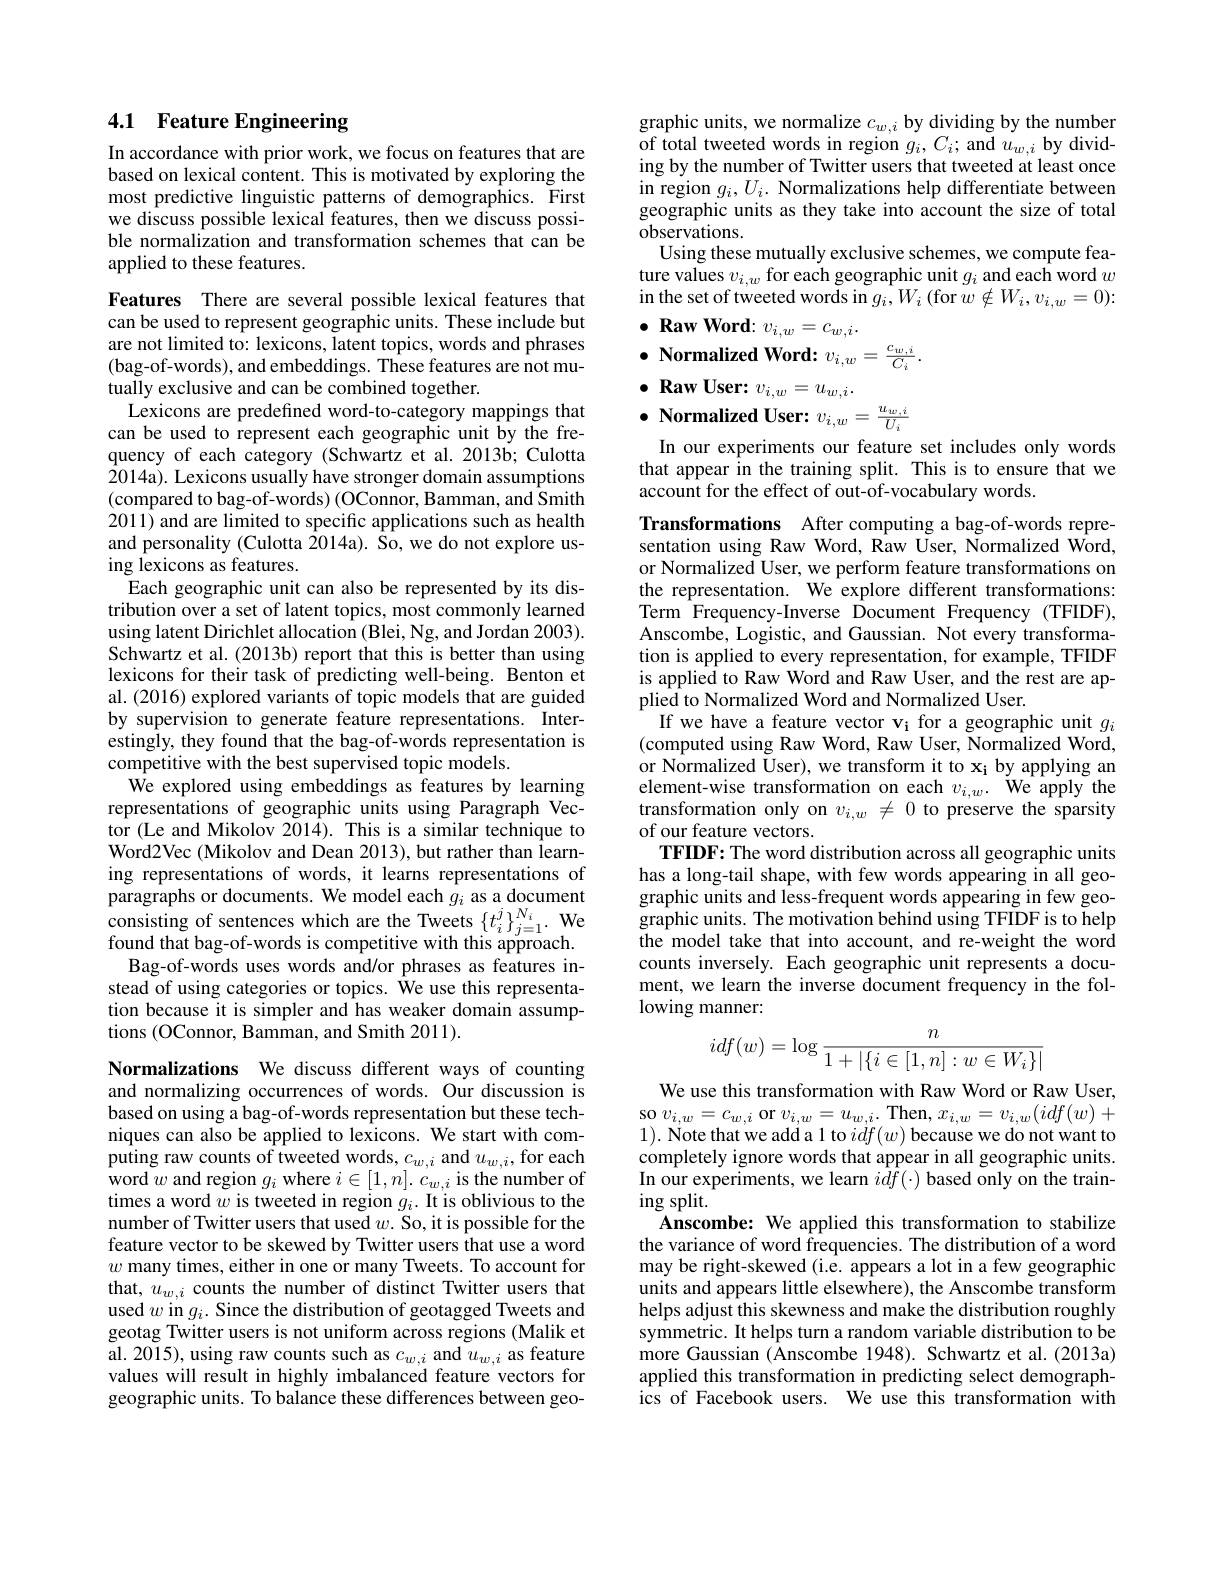
## 4.1 Feature Engineering

In accordance with prior work, we focus on features that are based on lexical content. This is motivated by exploring the most predictive linguistic patterns of demographics. First we discuss possible lexical features, then we discuss possible normalization and transformation schemes that can be applied to these features.

Features There are several possible lexical features that can be used to represent geographic units. These include but are not limited to: lexicons, latent topics, words and phrases (bag-of-words), and embeddings. These features are not mutually exclusive and can be combined together.
Lexicons are predefined word-to-category mappings that can be used to represent each geographic unit by the frequency of each category (Schwartz et al. 2013b; Culotta 2014a). Lexicons usually have stronger domain assumptions (compared to bag-of-words) (OConnor, Bamman, and Smith 2011) and are limited to specific applications such as health and personality (Culotta $\bar{2}014$a). So, we do not explore using lexicons as features.
Each geographic unit can also be represented by its distribution over a set of latent topics, most commonly learned using latent Dirichlet allocation (Blei, Ng, and Jordan 2003). Schwartz et al. (2013b) report that this is better than using lexicons for their task of predicting well-being. Benton et al. (2016) explored variants of topic models that are guided by supervision to generate feature representations. Interestingly, they found that the bag-of-words representation is competitive with the best supervised topic models.
We explored using embeddings as features by learning representations of geographic units using Paragraph Vector (Le and Mikolov 2014). This is a similar technique to Word2Vec (Mikolov and Dean 2013), but rather than learning representations of words, it learns representations of paragraphs or documents. We model each $g_i$ as a document consisting of sentences which are the Tweets $\{t_i^j\}_{j=1}^{N_i}.$ We found that bag-of-words is competitive with this approach.
Bag-of-words uses words and/or phrases as features instead of using categories or topics. We use this representation because it is simpler and has weaker domain assumptions (OConnor, Bamman, and Smith 2011).
Normalizations We discuss different ways of counting

and normalizing occurrences of words. Our discussion is based on using a bag-of-words representation but these techniques can also be applied to lexicons. We start with computing raw counts of tweeted words, $c_{w,i}$ and $u_{w,i}$,for each word $w$ and region $g_i$ where $i\in[1,n].c_{w,i}$ is the number of times a word $w$ is tweeted in region $g_i.$ It is oblivious to the number of Twitter users that used $w.$ So, it is possible for the feature vector to be skewed by Twitter users that use a word $w$ many times, either in one or many Tweets. To account for that, $u_{w,i}$ counts the number of distinct Twitter users that used $w$ in $g_i.$ Since the distribution of geotagged Tweets and geotag Twitter users is not uniform across regions (Malik et $\begin{array}{l}\mathrm{al.~2015),~using~raw~counts~such~as~}c_{w,i}\mathrm{~and~}u_{w,i}\mathrm{~as~feature}\\\mathrm{values~will~result~in~highly~imbalanced~feature~vectors~for}\end{array}$ geographic units. To balance these differences between geo-

graphic units, we normalize $c_w,i$ by dividing by the number of total tweeted words in region $g_i,C_i;$and $u_{w,i}$by dividing by the number of Twitter users that tweeted at least once in region $g_i,U_i.$ Normalizations help differentiate between geographic units as they take into account the size of total ${\mathrm{observations.}}$
Using these mutually exclusive schemes, we compute feature values $v_i,w$ for each geographic unit $g_i$ and each word $w$ in the set of tweeted words in $g_i,W_i$ (for $w\notin W_i,v_i,w=0):$

# $\bullet \textbf{ Raw Word: }v_{i, w}= c_{w, i}.$ $\bullet$ Normalized Word: $v_i,w=\frac{c_{w,i}}{C_i}.$ $\bullet$ Raw User: $v_{i, w}= u_{w, i}.$ $\bullet$ Normalized User: $v_{i, w}= \frac {u_{w, i}}{U_i}$

In our experiments our feature set includes only words that appear in the training split. This is to ensure that we account for the effect of out-of-vocabulary words.

Transformations After computing a bag-of-words representation using Raw Word, Raw User, Normalized Word, or Normalized User, we perform feature transformations on the representation. We explore different transformations: Term Frequency-Inverse Document Frequency (TFIDF), Anscombe, Logistic, and Gaussian. Not every transformation is applied to every representation, for example, TFIDF is applied to Raw Word and Raw User, and the rest are applied to Normalized Word and Normalized User.
If we have a feature vector vi for a geographic unit $g_i$ (computed using Raw Word, Raw User, Normalized Word, or Normalized User), we transform it to $\mathbf{x_i}$ by applying an element-wise transformation on each $v_{i,w}.$ We apply the transformation only on $v_{i,w}\neq0$ to preserve the sparsity of our feature vectors.
TFIDF: The word distribution across all geographic units has a long-tail shape, with few words appearing in all geographic units and less-frequent words appearing in few geographic units. The motivation behind using TFIDF is to help the model take that into account, and re-weight the word counts inversely. Each geographic unit represents a document, we learn the inverse document frequency in the following manner:
$$idf(w)=\log\frac{n}{1+|\{i\in[1,n]:w\in W_i\}|}$$
We use this transformation with Raw Word or Raw User, so $v_{i,w}=c_{w,i}$ or $v_{i,w}=u_{w,i}.$ Then, $x_i,w=v_{i,w}(idf(w)+$ 1). Note that we add a 1 to $idf(w)$ because we do not want to completely ignore words that appear in all geographic units. In our experiments, we learn $idf(\cdot)$ based only on the train- $ingsplit.$
Anscombe: We applied this transformation to stabilize the variance of word frequencies. The distribution of a word may be right-skewed (i.e. appears a lot in a few geographic units and appears little elsewhere), the Anscombe transform helps adjust this skewness and make the distribution roughly symmetric. It helps turn a random variable distribution to be more Gaussian (Anscombe 1948). Schwartz et al. (2013a) applied this transformation in predicting select demographics of Facebook users. We use this transformation with